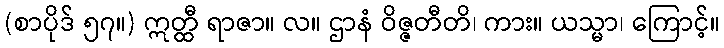
(စာပိုဒ် ၅၇။) ဣတ္ထီ ရာဇာ။ လ။ ဌာနံ ဝိဇ္ဇတီတိ၊ ကား။ ယသ္မာ၊ ကြောင့်။